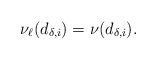
LaTeX: \begin{align*}\nu_\ell(d_{\delta,i})=\nu(d_{\delta,i}).\end{align*}